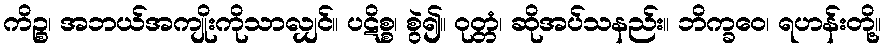
ကိဉ္စ၊ အဘယ်အကျိုးကိုသာလျှင်။ ပဋိစ္စ၊ စွဲ၍။ ဝုတ္တံ၊ ဆိုအပ်သနည်း။ ဘိက္ခဝေ၊ ရဟန်းတို့။